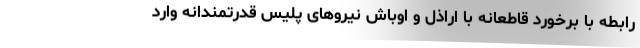
رابطه با برخورد قاطعانه با اراذل و اوباش نیروهای پلیس قدرتمندانه وارد